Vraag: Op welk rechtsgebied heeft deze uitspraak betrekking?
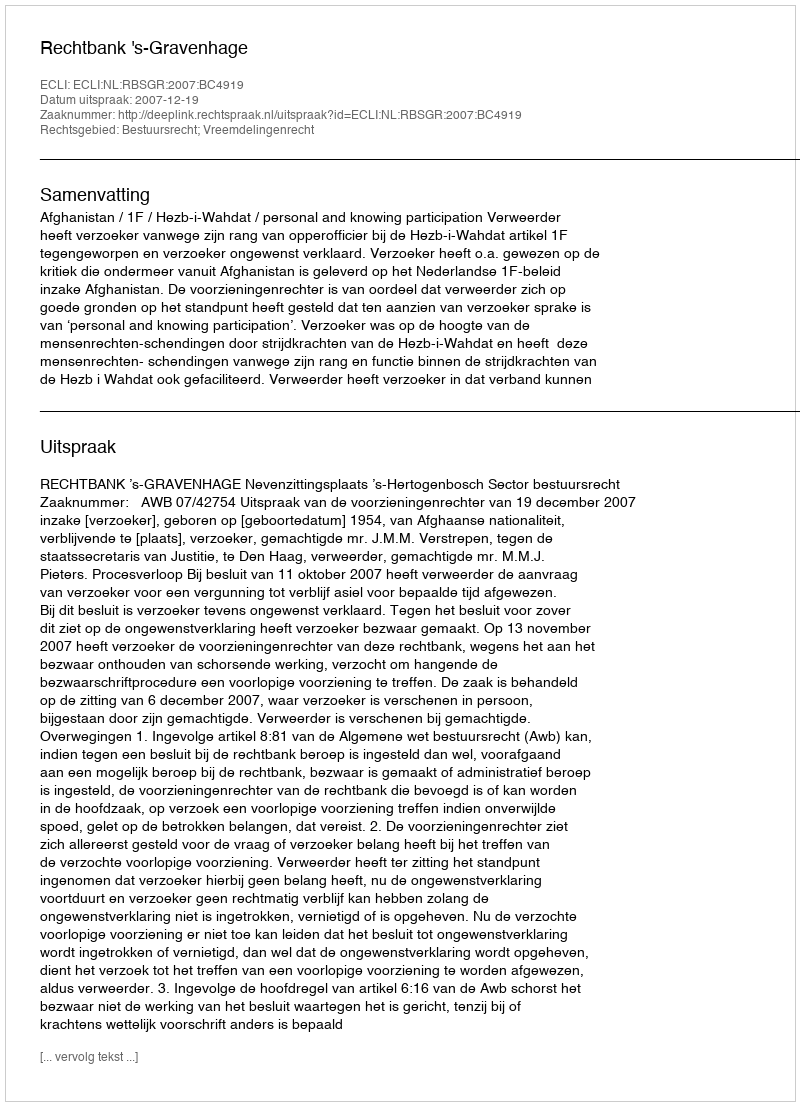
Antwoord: Bestuursrecht; Vreemdelingenrecht